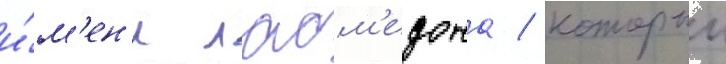
и́м'ен'и лаом'едона / которыи